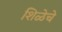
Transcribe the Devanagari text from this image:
शिळेचे